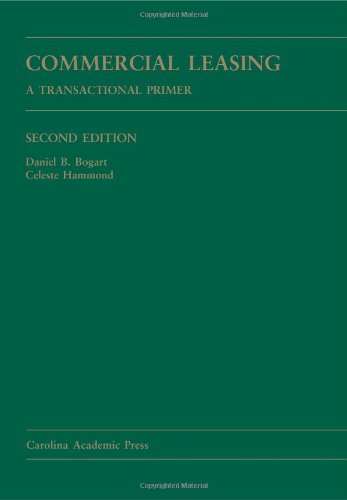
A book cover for Commercial Leasing: A Transactional Primer; Daniel B. Bogart; Business & Money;